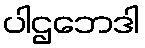
ပါဌဘေဒါ